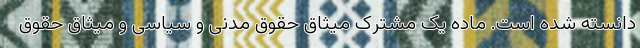
دانسته شده است. ماده یک مشترک میثاق حقوق مدنی و سیاسی و میثاق حقوق